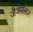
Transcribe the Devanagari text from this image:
जैजमास्टर